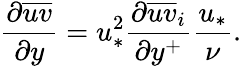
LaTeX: \frac{\partial\overline{{uv}}}{\partial y}=u_{*}^{2}\frac{\partial\overline{{uv}}_{i}}{\partial y^{+}}\frac{u_{*}}{\nu}.